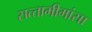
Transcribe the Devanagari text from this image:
सत्‍तामीमांसा